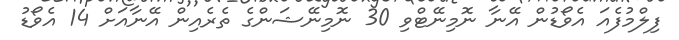
ފިލްމުފެއަ އެވޯޑުން އޭނާ ނޮމިނޭޓްވި 30 ނޮމިނޭޝަންގެ ތެރެއިން އޭނާއަށް 14 އެވޯޑު